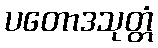
ပတောဒသုတ္တံ